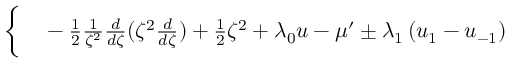
\begin{array} { r l } { \bigg \{ } & { { } - \frac { 1 } { 2 } \frac { 1 } { \zeta ^ { 2 } } \frac { d } { d \zeta } ( \zeta ^ { 2 } \frac { d } { d \zeta } ) + \frac { 1 } { 2 } \zeta ^ { 2 } + \lambda _ { 0 } u - \mu ^ { \prime } \pm \lambda _ { 1 } \left( u _ { 1 } - u _ { - 1 } \right) } \end{array}